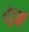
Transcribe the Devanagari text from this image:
घेटुळी